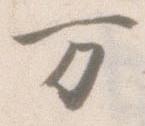
万